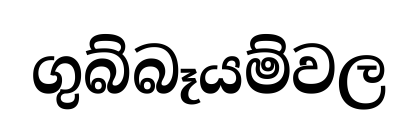
ගුබ්බෑයම්වල